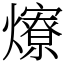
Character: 爎